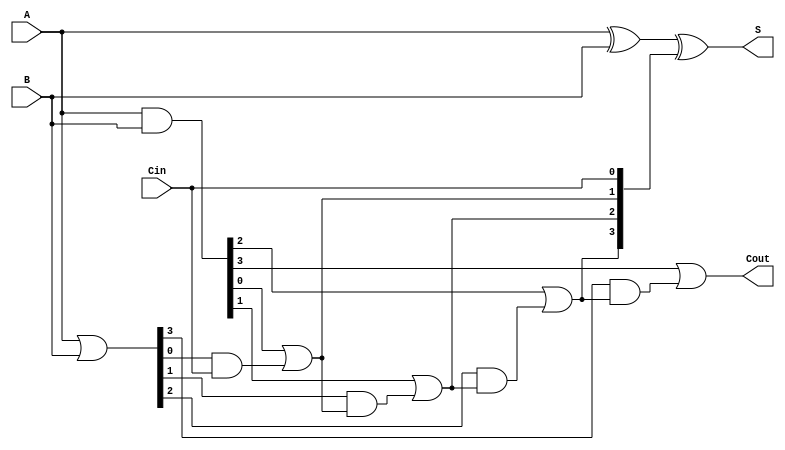
module RippleCarryLookaheadAdder #(parameter N = 4) (
    input  [N-1:0] A,       // First n-bit input
    input  [N-1:0] B,       // Second n-bit input
    input         Cin,       // Input carry
    output [N-1:0] S,       // n-bit sum output
    output        Cout       // Output carry
);

    // Generate and Propagate signals
    wire [N-1:0] G;         // Generate signals
    wire [N-1:0] P;         // Propagate signals
    wire [N:0] C;           // Carry signals

    // Compute Generate and Propagate signals
    assign G = A & B;       // Gi = Ai AND Bi
    assign P = A | B;       // Pi = Ai OR Bi

    // Carry calculation using lookahead logic
    assign C[0] = Cin;      // C0 = Cin
    genvar i;
    generate
        for (i = 0; i < N; i = i + 1) begin : carry_logic
            assign C[i+1] = G[i] | (P[i] & C[i]); // Ci+1 = Gi OR (Pi AND Ci)
        end
    endgenerate

    // Sum calculation
    assign S = A ^ B ^ C[N-1:0]; // Si = Ai XOR Bi XOR Ci

    // Output carry
    assign Cout = C[N];      // Cout = CN

endmodule